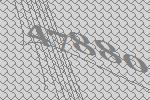
47880